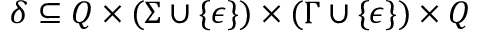
\delta \subseteq Q \times ( \Sigma \cup \{ \epsilon \} ) \times ( \Gamma \cup \{ \epsilon \} ) \times Q